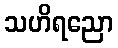
သဟိရညော